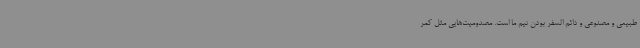
طبیعی و مصنوعی و دائم السفر بودن تیم ما است. مصدومیت‌هایی مثل کمر